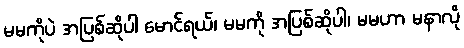
မမကိုပဲ အပြစ်ဆိုပါ မောင်ရယ်၊ မမကို အပြစ်ဆိုပါ၊ မမဟာ မနာလို